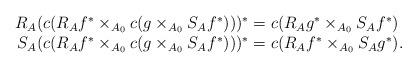
LaTeX: \begin{align*}\begin{array}{r@{\;=\;}l}R_A(c(R_Af^*\times_{A_0}c(g\times_{A_0}S_Af^*)))^*&c(R_Ag^*\times_{A_0}S_Af^*)\quad\\ S_A(c(R_Af^*\times_{A_0}c(g\times_{A_0}S_Af^*)))^*&c(R_Af^*\times_{A_0}S_Ag^*).\end{array}\end{align*}